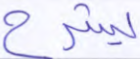
يشرح